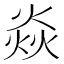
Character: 焱